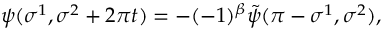
\psi ( \sigma ^ { 1 } , \sigma ^ { 2 } + 2 \pi t ) = - ( - 1 ) ^ { \beta } \tilde { \psi } ( \pi - \sigma ^ { 1 } , \sigma ^ { 2 } ) ,